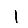
Digit: 1